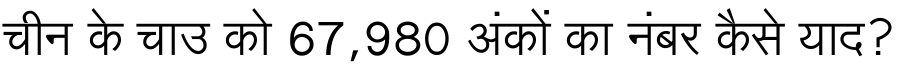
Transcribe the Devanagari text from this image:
चीन के चाउ को 67,980 अंकों का नंबर कैसे याद?